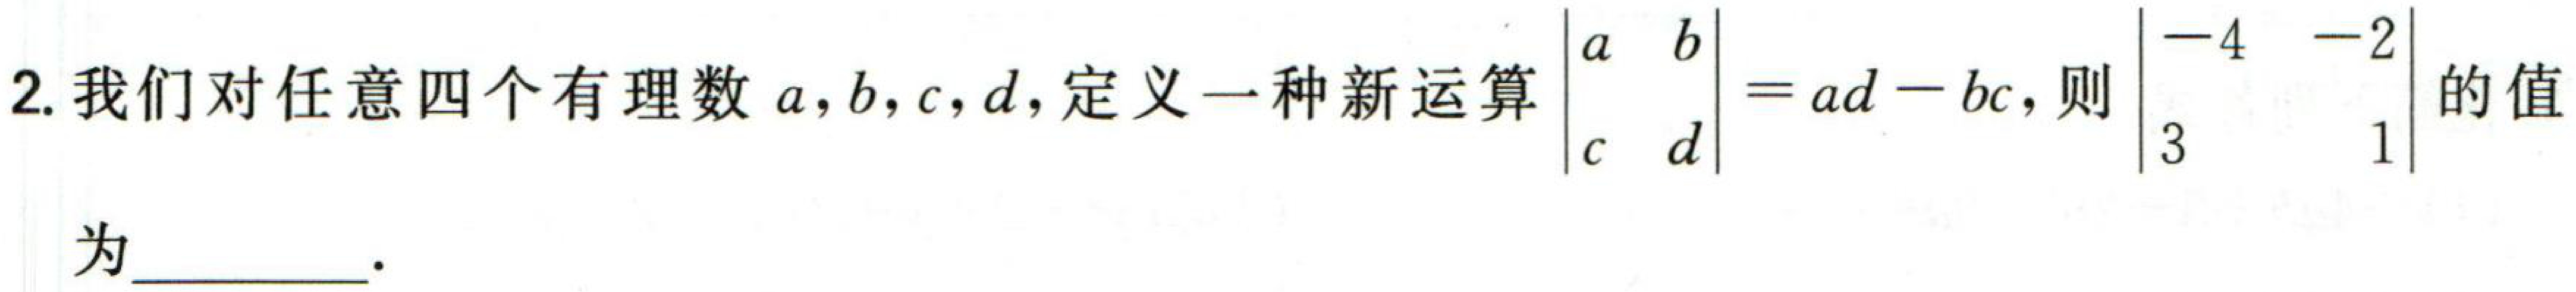
2. 我们对任意四个有理数\(a,b,c,d\)，定义一种新运算\(\begin{vmatrix}a&b\\c&d\end{vmatrix}=ad - bc\)，则\(\begin{vmatrix}-4&-2\\3&1\end{vmatrix}\)的值为  。